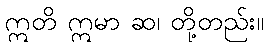
ဣတိ ဣမာ ဆ၊ တို့တည်း။